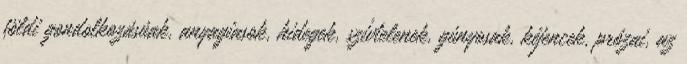
földi gondolkozásúak, anyagiasok, hidegek, szívtelenek, gúnyosak, kéjencek, prózai, az